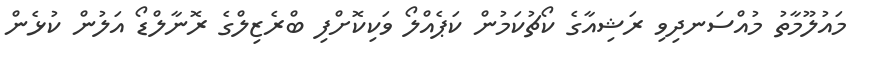
މައުލޫމާތު މުއްސަނދިވި ރަޝިއާގެ ކޯޗުކަމުން ކަޕެއްލޯ ވަކިކޮށްފި ބްރެޒިލްގެ ރޮނާލްޑޯ އަލުން ކުޅެން